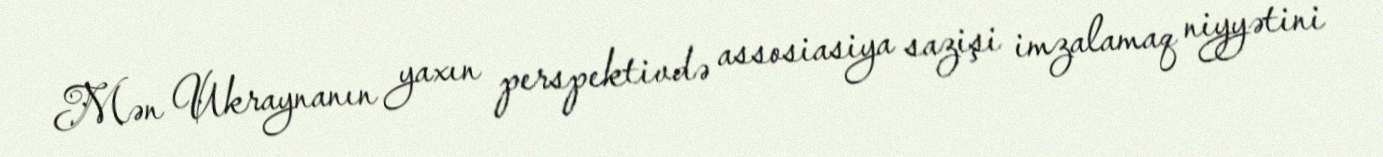
Mən Ukraynanın yaxın perspektivdə assosiasiya sazişi imzalamaq niyyətini